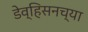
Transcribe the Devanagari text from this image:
डेव्हिसनच्या